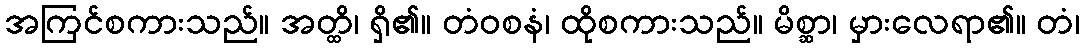
အကြင်စကားသည်။ အတ္ထိ၊ ရှိ၏။ တံဝစနံ၊ ထိုစကားသည်။ မိစ္ဆာ၊ မှားလေရာ၏။ တံ၊